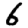
Digit: 6